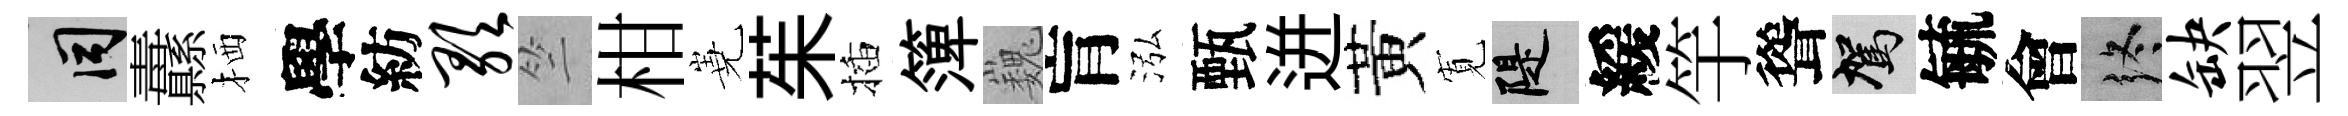
间纛栖學紡歌竺柑嶤茱插𥱼巍肓泓甄迸黃𡩖堤緩竽聳駕毓會终缺翌